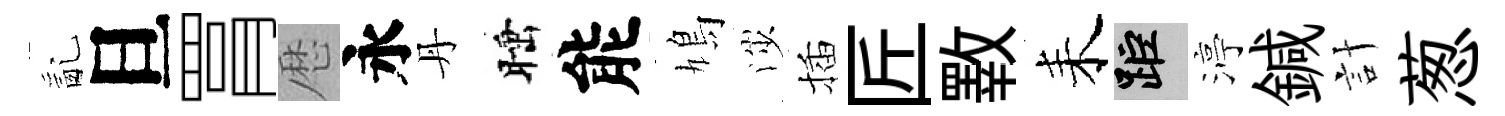
亂旦罥厯永丹睡能鳩渉插匠斁耒距渟鍼計葱